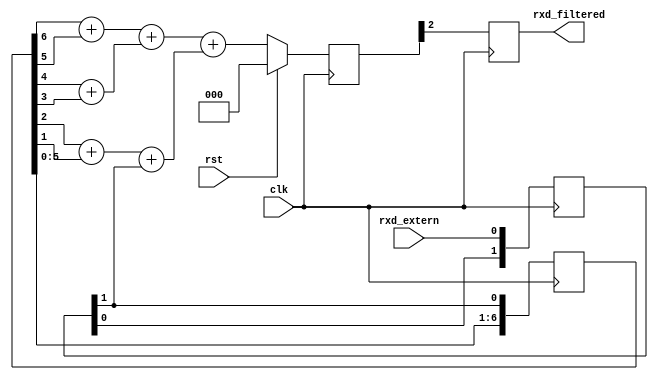
////////////////////////////////////////////////////////////////
//
// project  : uart
// version  : 1.0
// function : interface rs232
// modifed  : 22.08.2019
////////////////////////////////////////////////////////////////

`timescale 1ns / 100ps
`default_nettype none

/*
filter
    filter_inst
    (
    .clk            (), //in,  u[ 1] clk
    .rst            (), //in,  u[ 1] rst
    .rxd_extern     (), //in,  u[ 1] external rxd
    .rxd_filtered   ()  //out, u[ 1] rxd filtered data
);
*/

module uart_filter_rx
(
    input   wire		clk,
    input   wire		rst,
    input   wire		rxd_extern,
    output  wire		rxd_filtered
);

(* keep="true" *)
reg     [ 1 : 0 ]   r_rxd_meta     = 0;
reg     [ 6 : 0 ]   r_filter_data  = 0;
//reg     [ 3 : 0 ]   r_sum          = 0;
reg     [ 2 : 0 ]   r_sum          = 0;
reg                 r_rxd_filtered = 0;

assign rxd_filtered = r_rxd_filtered;
 
always @(posedge clk)  
begin
    r_rxd_meta <= {r_rxd_meta[0],rxd_extern};

    r_filter_data <= {r_filter_data[5:0],r_rxd_meta[1]};

	if(rst)
		r_sum <= 'd0;
	else
		r_sum   <=( (r_filter_data[6]+r_filter_data[5])+(r_filter_data[4]+r_filter_data[3])) + ( (r_filter_data[2]+r_filter_data[1])+(r_rxd_meta[1]) );

    r_rxd_filtered <= r_sum[2];
end    
endmodule